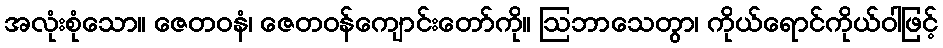
အလုံးစုံသော။ ဇေတဝနံ၊ ဇေတဝန်ကျောင်းတော်ကို။ ဩဘာသေတွာ၊ ကိုယ်ရောင်ကိုယ်ဝါဖြင့်